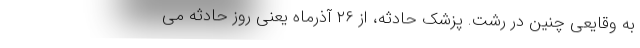
به وقایعی چنین در رشت. پزشک حادثه، از ۲۶ آذرماه یعنی روز حادثه می